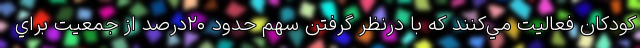
كودكان فعاليت مي‌كنند كه با درنظر گرفتن سهم حدود ۲۰درصد از جمعيت براي